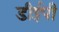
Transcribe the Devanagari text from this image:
डीईपी